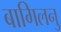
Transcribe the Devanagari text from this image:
बागिलनु